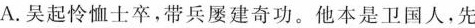
A.吴起怜恤士卒,带兵屡建奇功。他本是卫国人，先